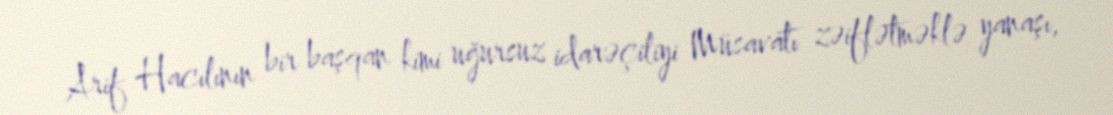
Arif Hacılının bir başqan kimi uğursuz idarəçiliyi Müsavatı zəiflətməklə yanaşı,